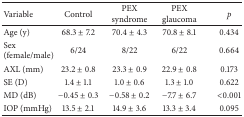
| Variable | Control | PEX syndrome | PEX glaucoma | p |
 | --- | --- | --- | --- | --- |
 | Age (y) | 68.3 ± 7.2 | 70.4 ± 4.3 | 70.8 ± 8.1 | 0.434 |
 | Sex (female/male) | 6/24 | 8/22 | 6/22 | 0.664 |
 | AXL (mm) | 23.2 ± 0.8 | 23.3 ± 0.9 | 22.9 ± 0.8 | 0.173 |
 | SE (D) | 1.4 ± 1.1 | 1.0 ± 0.6 | 1.3 ± 1.0 | 0.622 |
 | MD (dB) | −0.45 ± 0.3 | −0.58 ± 0.2 | −7.7 ± 6.7 | <0.001 |
 | IOP (mmHg) | 13.5 ± 2.1 | 14.9 ± 3.6 | 13.3 ± 3.4 | 0.095 |